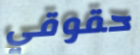
حقوقي